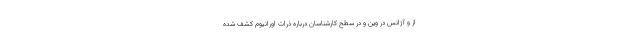
از و آژانس در وین و در سطح کارشناسان درباره ذرات اورانیوم کشف شده